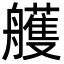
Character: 艧